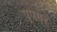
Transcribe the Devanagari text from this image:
एपगर